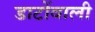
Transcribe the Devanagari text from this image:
डाटोंवाली